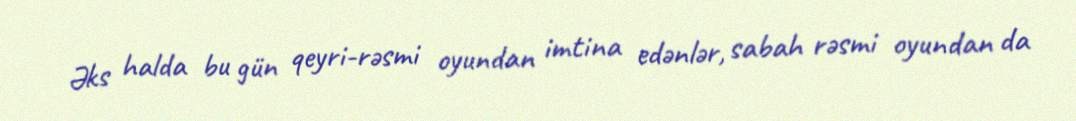
Əks halda bu gün qeyri-rəsmi oyundan imtina edənlər, sabah rəsmi oyundan da